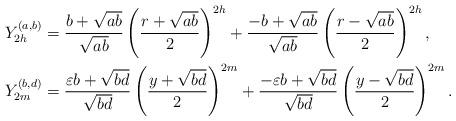
LaTeX: \begin{align*}&Y_{2h}^{(a,b)}=\frac{b+\sqrt{ab}}{\sqrt{ab}}\left( \frac{r+\sqrt{ab}}{2}\right)^{2h}+\frac{-b+\sqrt{ab}}{\sqrt{ab}}\left( \frac{r-\sqrt{ab}}{2}\right)^{2h},\\&Y_{2m}^{(b,d)}=\frac{\varepsilon b+\sqrt{bd}}{\sqrt{bd}}\left( \frac{y+\sqrt{bd}}{2}\right)^{2m}+\frac{-\varepsilon b+\sqrt{bd}}{\sqrt{bd}}\left( \frac{y-\sqrt{bd}}{2}\right)^{2m}.\\\end{align*}